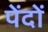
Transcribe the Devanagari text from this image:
पेंदों